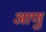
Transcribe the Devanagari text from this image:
आणु